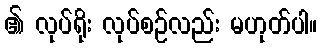
၏ လုပ်ရိုး လုပ်စဉ်လည်း မဟုတ်ပါ။